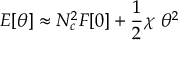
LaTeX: E [ \theta ] \approx N _ { c } ^ { 2 } F [ 0 ] + { \frac { 1 } { 2 } } \chi \ \theta ^ { 2 }